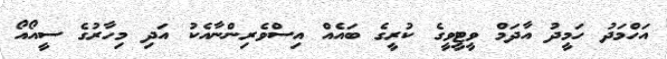
އަހްމަދު ހަމީދު އާދަމް ވީޓީވީގެ ކުރީގެ ބައެއް އިސްވެރިންނާއެކު އަދި މިހާރުގެ ސީއޯއޯ